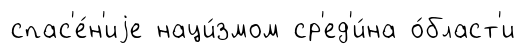
спас'е́н'иjе наци́змом ср'ед'и́на о́бласт'и